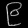
Digit: ၉